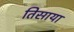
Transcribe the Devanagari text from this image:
तिसाया